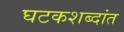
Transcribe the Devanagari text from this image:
घटकशब्दांत